Indian journal of veterinary science and animal husbandry - Volume 9,
Year: 1939
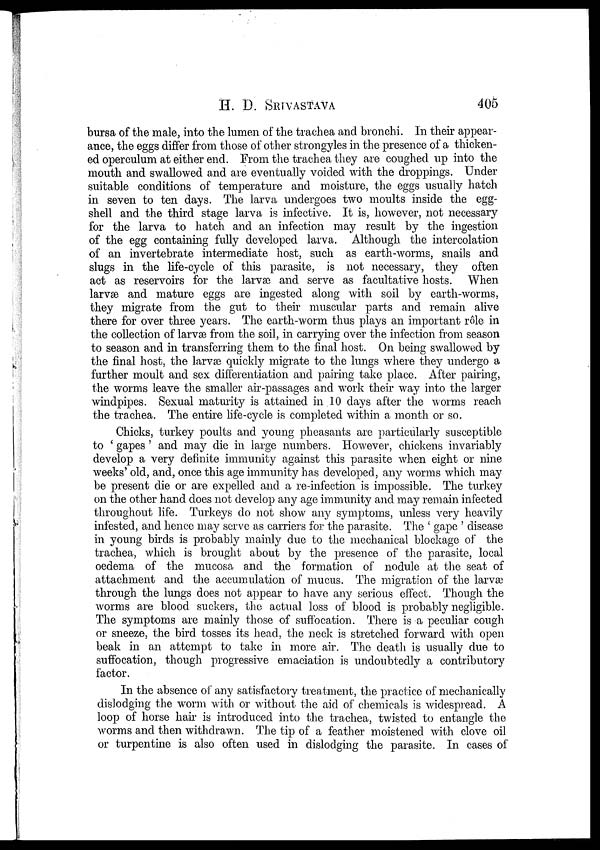
H.
D.
SRIVASTAVA
405
bursa of the male, into the lumen of the trachea and bronchi. In their appear-
ance, the eggs differ from those of other strongyles in the presence of a thicken-
ed operculum at either end. From the trachea they are coughed up into the
mouth and swallowed and are eventually voided with the droppings. Under
suitable conditions of temperature and moisture, the eggs usually hatch
in seven to ten days. The larva undergoes two moults inside the egg-
shell and the third stage larva is infective. It is, however, not necessary
for the larva to hatch and an infection may result by the ingestion
of the egg containing fully developed larva. Although the intercolation
of an invertebrate intermediate host, such as earth-worms, snails and
slugs in the life-cycle of this parasite, is not necessary, they often
act as reservoirs for the larvæ and serve as facultative hosts. When
larvæ and mature eggs are ingested along with soil by earth-worms,
they migrate from the gut to their muscular parts and remain alive
there for over three years. The earth-worm thus plays an important rôle in
the collection of larvæ from the soil, in carrying over the infection from season
to season and in transferring them to the final host. On being swallowed by
the final host, the larvæ quickly migrate to the lungs where they undergo a
further moult and sex differentiation and pairing take place. After pairing,
the worms leave the smaller air-passages and work their way into the larger
windpipes. Sexual maturity is attained in 10 days after the worms reach
the trachea. The entire life-cycle is completed within a month or so.
Chicks, turkey poults and young pheasants are particularly susceptible
to ' gapes' and may die in large numbers. However, chickens invariably
develop a very definite immunity against this parasite when eight or nine
weeks' old, and, once this age immunity has developed, any worms which may
be present die or are expelled and a re-infection is impossible. The turkey
on the other hand does not develop any age immunity and may remain infected
throughout life. Turkeys do not show any symptoms, unless very heavily
infested, and hence may serve as carriers for the parasite. The ' gape ' disease
in young birds is probably mainly due to the mechanical blockage of the
trachea, which is brought about by the presence of the parasite, local
oedema of the mucosa and the formation of nodule at the seat of
attachment and the accumulation of mucus. The migration of the larvæ
through the lungs does not appear to have any serious effect. Though the
worms are blood suckers, the actual loss of blood is probably negligible.
The symptoms are mainly those of suffocation. There is a peculiar cough
or sneeze, the bird tosses its head, the neck is stretched forward with open
beak in an attempt to take in more air. The death is usually due to
suffocation, though progressive emaciation is undoubtedly a contributory
factor.
In the absence of any satisfactory treatment, the practice of mechanically
dislodging the worm with or without the aid of chemicals is widespread. A
loop of horse hair is introduced into the trachea, twisted to entangle the
worms and then withdrawn. The tip of a feather moistened with clove oil
or turpentine is also often used in dislodging the parasite. In cases of